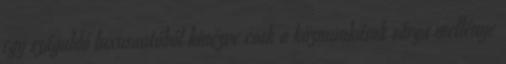
egy száguldó luxusautóból kinézve csak a közmunkások sárga mellénye